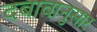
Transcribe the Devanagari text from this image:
दबावानुसार